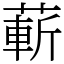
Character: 蔪